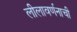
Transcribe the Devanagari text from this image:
लीलावर्णनाची